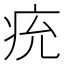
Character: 𤵔